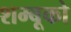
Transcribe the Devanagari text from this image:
शम्बूको